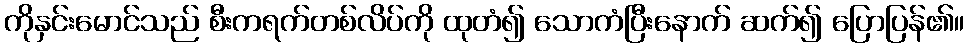
ကိုနှင်းမောင်သည် စီးကရက်တစ်လိပ်ကို ထုတံ၍ သောကံပြီးနောက် ဆက်၍ ပြောပြန်၏။